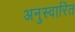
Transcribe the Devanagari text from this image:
अनुस्वारित